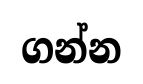
ගන්න